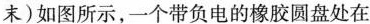
末)如图所示，一个带负电的橡胶圆盘处在